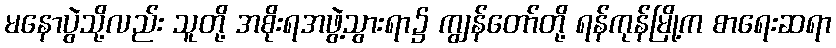
မနောပွဲသို့လည်း သူတို့ အစိုးရအဖွဲ့သွားရာ၌ ကျွန်တော်တို့ ရန်ကုန်မြို့က စာရေးဆရာ